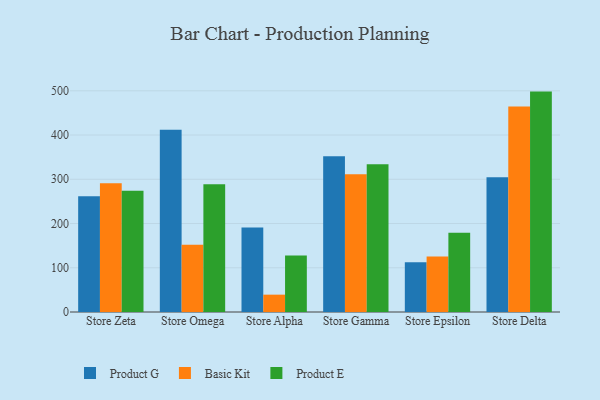
{"axis": {"x": "Store", "y": "LTV (USD)"}, "legend": ["Basic Kit", "Product E", "Product G"], "data": [{"x": "Store Zeta", "y": 261.6, "type": "Product G"}, {"x": "Store Zeta", "y": 291.3, "type": "Basic Kit"}, {"x": "Store Zeta", "y": 274.2, "type": "Product E"}, {"x": "Store Omega", "y": 412.1, "type": "Product G"}, {"x": "Store Omega", "y": 151.9, "type": "Basic Kit"}, {"x": "Store Omega", "y": 288.5, "type": "Product E"}, {"x": "Store Alpha", "y": 190.8, "type": "Product G"}, {"x": "Store Alpha", "y": 39.2, "type": "Basic Kit"}, {"x": "Store Alpha", "y": 127.8, "type": "Product E"}, {"x": "Store Gamma", "y": 351.9, "type": "Product G"}, {"x": "Store Gamma", "y": 311.5, "type": "Basic Kit"}, {"x": "Store Gamma", "y": 333.8, "type": "Product E"}, {"x": "Store Epsilon", "y": 112.3, "type": "Product G"}, {"x": "Store Epsilon", "y": 125.7, "type": "Basic Kit"}, {"x": "Store Epsilon", "y": 179.4, "type": "Product E"}, {"x": "Store Delta", "y": 304.5, "type": "Product G"}, {"x": "Store Delta", "y": 464.4, "type": "Basic Kit"}, {"x": "Store Delta", "y": 498.2, "type": "Product E"}]}